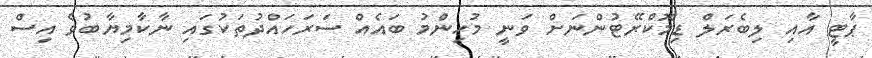
ޕާޓީ އާއި ލިބެރަލް ޑިމޮކްރޭޓުންނަށް ވަނީ މުހިންމު ބައެއް ސަރަހައްދުތަކުގައި ނާކާމިޔާބުވެ އިސް